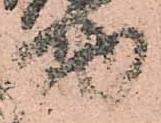
助